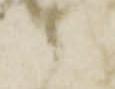
郎